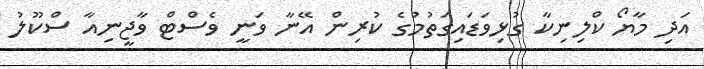
އަދި މާޔޯ ކްލިނިކާ ގުޅިވަޑައިގަތުމުގެ ކުރިން އޭނާ ވަނީ ވެސްޓް ވާޖީނިއާ ސްކޫލު